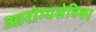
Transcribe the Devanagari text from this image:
आरोग्यसेविका